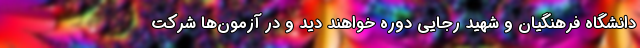
دانشگاه فرهنگیان و شهید رجایی دوره خواهند دید و در آزمون‌ها شرکت